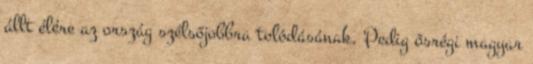
állt élére az ország szélsőjobbra tolódásának. Pedig ősrégi magyar